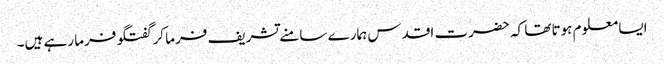
ایسا معلوم ہوتا تھا کہ حضرت اقدس ہمارے سامنے تشریف فرما کر گفتگو فرما رہے ہیں۔